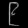
Digit: ၉